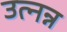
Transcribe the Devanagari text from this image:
उत्नन्न